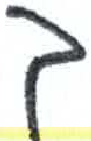
אות: ך